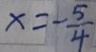
x = - \frac { 5 } { 4 }